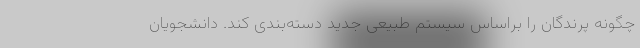
چگونه پرندگان را براساس سیستم طبیعی جدید دسته‌بندی کند. دانشجویان